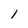
Character: l